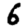
Digit: 6